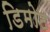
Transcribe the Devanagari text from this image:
डिमोट